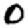
Digit: 0